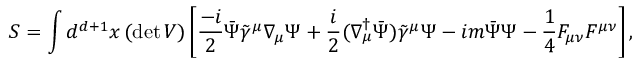
S = \int d ^ { d + 1 } x \, ( \mathrm { { d e t } } \, V ) \left[ { \frac { - i } { 2 } } \bar { \Psi } \tilde { \gamma } ^ { \mu } \nabla _ { \mu } \Psi + { \frac { i } { 2 } } ( \nabla _ { \mu } ^ { \dag } \bar { \Psi } ) \tilde { \gamma } ^ { \mu } \Psi - i m \bar { \Psi } \Psi - \frac { 1 } { 4 } F _ { \mu \nu } F ^ { \mu \nu } \right] ,